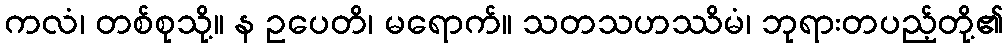
ကလံ၊ တစ်စုသို့။ န ဥပေတိ၊ မရောက်။ သတသဟဿိမံ၊ ဘုရားတပည့်တို့၏